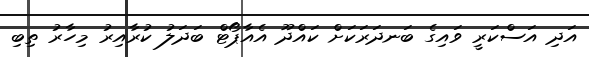
އަދި އަސްކަރީ ވައިގެ ބަނދަރަކަށް ކައްދޫ އެއާޕޯޓް ބަދަލު ކުރާއިރު މިހާރު ތިބި